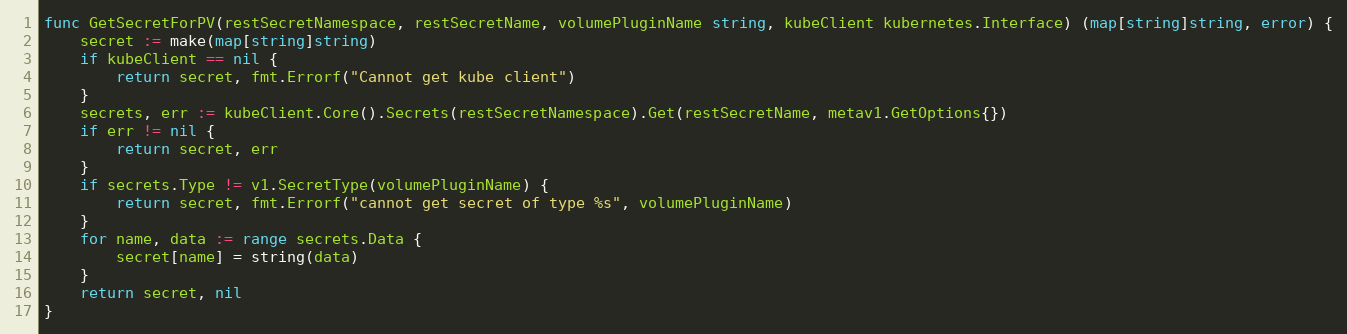
Language: Go
func GetSecretForPV(restSecretNamespace, restSecretName, volumePluginName string, kubeClient kubernetes.Interface) (map[string]string, error) {
	secret := make(map[string]string)
	if kubeClient == nil {
		return secret, fmt.Errorf("Cannot get kube client")
	}
	secrets, err := kubeClient.Core().Secrets(restSecretNamespace).Get(restSecretName, metav1.GetOptions{})
	if err != nil {
		return secret, err
	}
	if secrets.Type != v1.SecretType(volumePluginName) {
		return secret, fmt.Errorf("cannot get secret of type %s", volumePluginName)
	}
	for name, data := range secrets.Data {
		secret[name] = string(data)
	}
	return secret, nil
}